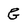
Character: G